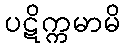
ပဋိက္ကမာမိ